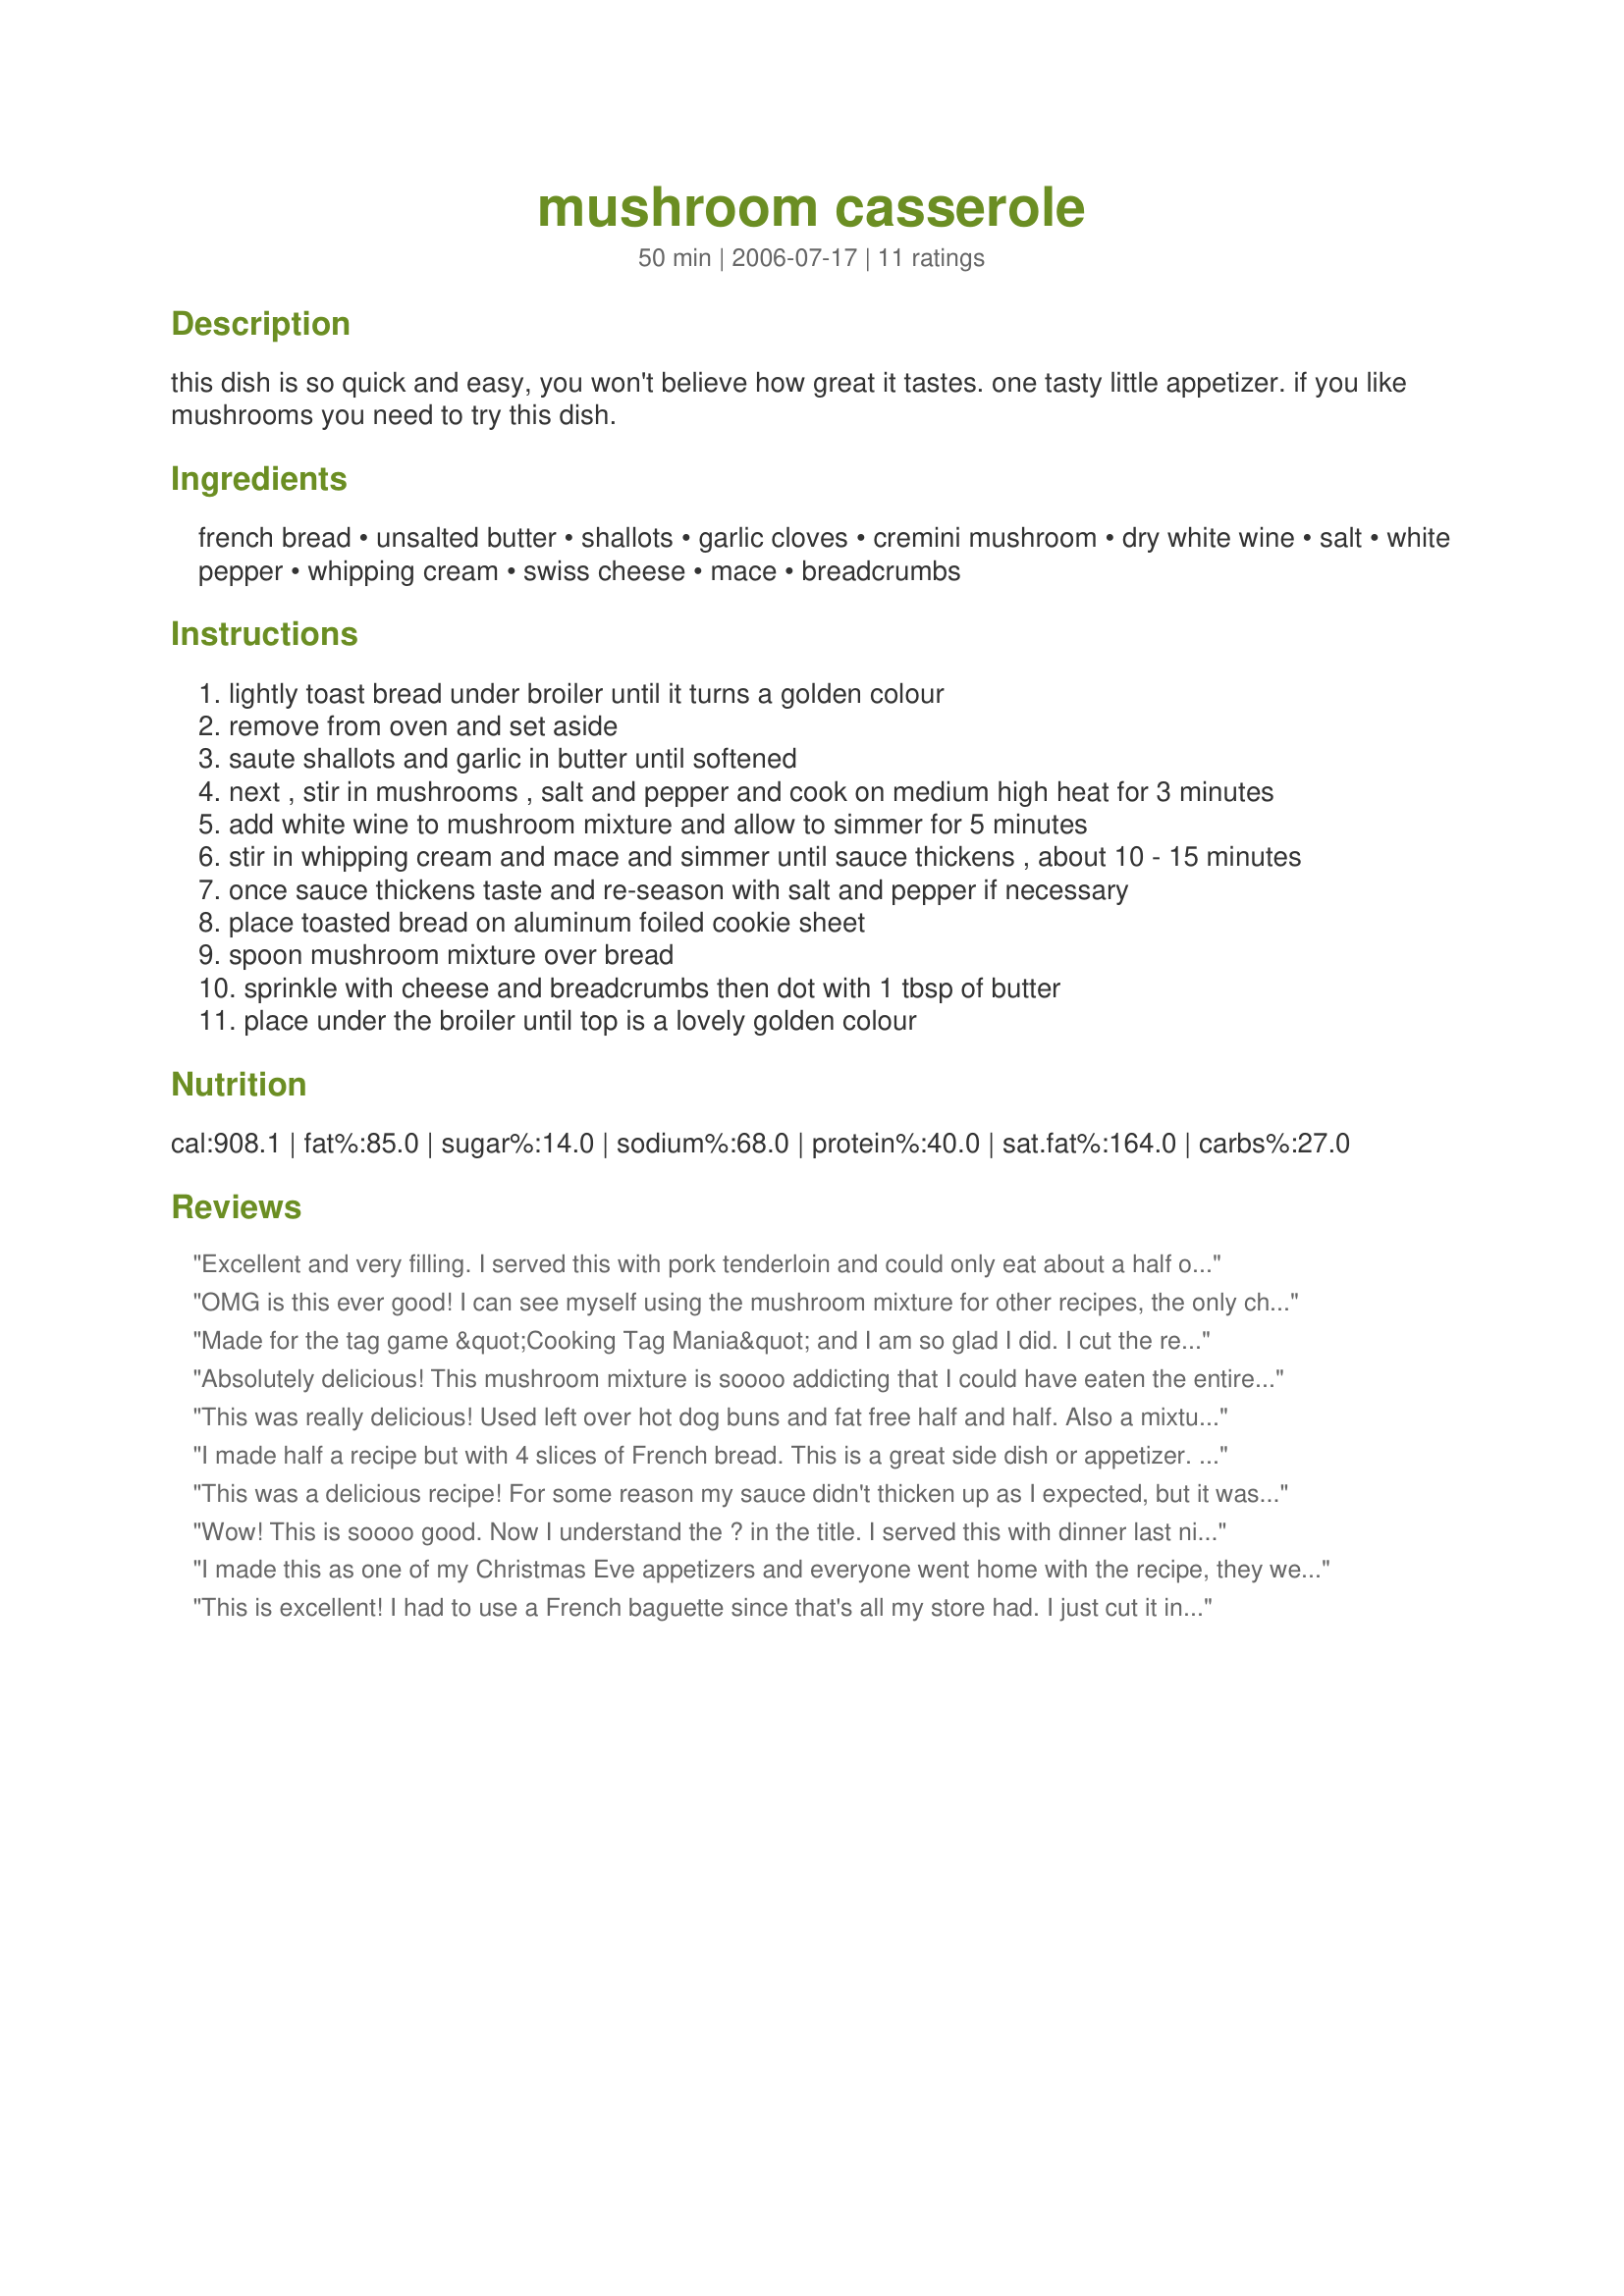
mushroom casserole
Preparation time: 50 minutes

this dish is so quick and easy, you won't believe how great it tastes. one tasty little appetizer. if you like mushrooms you need to try this dish.

Ingredients:
french bread, unsalted butter, shallots, garlic cloves, cremini mushroom, dry white wine, salt, white pepper, whipping cream, swiss cheese, mace, breadcrumbs

Steps:
lightly toast bread under broiler until it turns a golden colour
remove from oven and set aside
saute shallots and garlic in butter until softened
next , stir in mushrooms , salt and pepper and cook on medium high heat for 3 minutes
add white wine to mushroom mixture and allow to simmer for 5 minutes
stir in whipping cream and mace and simmer until sauce thickens , about 10 - 15 minutes
once sauce thickens taste and re-season with salt and pepper if necessary
place toasted bread on aluminum foiled cookie sheet
spoon mushroom mixture over bread
sprinkle with cheese and breadcrumbs then dot with 1 tbsp of butter
place under the broiler until top is a lovely golden colour

Reviews:
Excellent and very filling. I served this with pork tenderloin and could only eat about a half of one. Very very rich. I made as directed with only a few changes. I halved the recipe and used half & half instead of the cream and added some crushed red pepper flakes (personal preference) I left out the mace because I didn't know what that was and couldn't find any at the store. Thanks BK. You have another winner.
OMG is this ever good! I can see myself using the mushroom mixture for other recipes, the only change I made was I increased the garlic to 2 tablespoons and used yellow onions in place of the shallots as I did not have any handy! This mixture would be great served on small crostini as an appetizer! I can't wait to make this again my DH and DS loved this for an evening snack! thanks Baby K!...Kitten:)
Made for the tag game &quot;Cooking Tag Mania&quot; and I am so glad I did. I cut the recipe in half used French bread and we gobbled this down. Great appetizer for the Dodgers baseball game or really any time. Thank you for posting.
Absolutely delicious! This mushroom mixture is soooo addicting that I could have eaten the entire thing without the bread. LOL But, I used every ounce of restraint and made them as directed. Definitely a keeper of a recipe and one that will be added to my Best of 2017 file.
This was really delicious! Used left over hot dog buns and fat free half and half. Also a mixture of cremini and white button mushrooms. A nice vegetarian entree with salad and wine!
I made half a recipe but with 4 slices of French bread. This is a great side dish or appetizer. Do try this for a party or just a snack.
This was a delicious recipe! For some reason my sauce didn't thicken up as I expected, but it was very tasty and received rave reviews anyways.
Wow! This is soooo good. Now I understand the ? in the title. I served this with dinner last night, expecting it to be like a bruschetta. It was, but a heavy duty one. We ended up using knives and forks, because it is also like a casserole. My family claimed that this and the rest of our zaar dinner last night was the best from zaar yet. Thanks Baby Kato, this is a real keeper.
I made this as one of my Christmas Eve appetizers and everyone went home with the recipe, they were SO good! The only change I made was to serve them on thinly sliced baguette, drizzled with olive oil and toasted. Each was about two bites sized and the mushroom topping was enough for 24 of them. I also used a whole lot more than 4 Tbl. of swiss cheese, because around here there's no such thing as too much cheese (I used Emmenthaler). I also used nutmeg instead of mace, as that's what I had. This is something I can envision making for myself for supper, as does my vegetarian daughter. Thanks for such a scrumptious recipe, Baby Kato!
This is excellent! I had to use a French baguette since that's all my store had. I just cut it in thin slices so mine were smaller but still delicious! This sauce is just wonderful and I could have eaten it all by itself! My sauce wasn't thickened after 15 minutes so turned up to medium-high heat and it thickened nicely in no time. Thanks for posting this. A definite keeper.
We absolutely loved this! I can't wait to share it with company. I used cremini and white button mushrooms. I can see using a baguette and serving it as canapes.(You would have to let the sauce reduce a little longer.)As it was, it made a perfect meal for me. This will be repeated often in my house.Love, love, love it!
